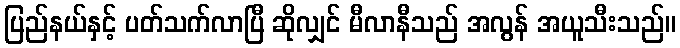
ပြည်နယ်နှင့် ပတ်သက်လာပြီ ဆိုလျှင် မီလာနီသည် အလွန် အယူသီးသည်။